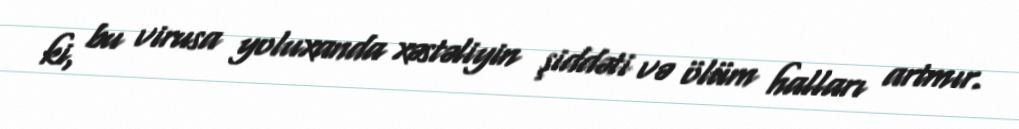
ki, bu virusa yoluxanda xəstəliyin şiddəti və ölüm halları artmır.